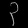
Digit: ၃